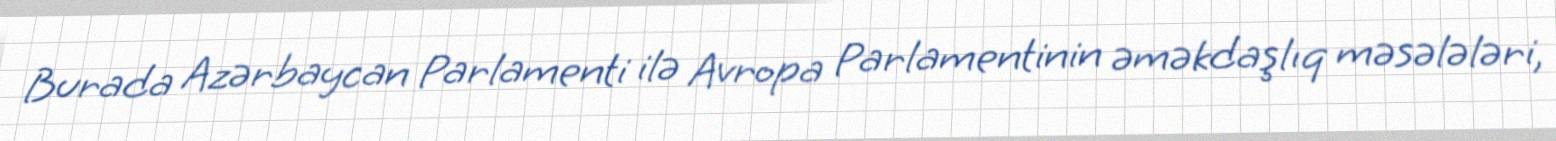
Burada Azərbaycan Parlamenti ilə Avropa Parlamentinin əməkdaşlıq məsələləri,